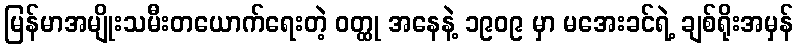
မြန်မာအမျိုးသမီးတယောက်ရေးတဲ့ ဝတ္ထု အနေနဲ့ ၁၉၀၉ မှာ မအေးခင်ရဲ့ ချစ်ရိုးအမှန်